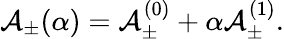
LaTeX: \mathbf{\mathcal{A}}_{\pm}(\alpha)=\mathbf{\mathcal{A}}_{\pm}^{(0)}+\alpha\mathbf{\mathcal{A}}_{\pm}^{(1)}.